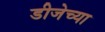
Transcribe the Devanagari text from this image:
डीजेच्या